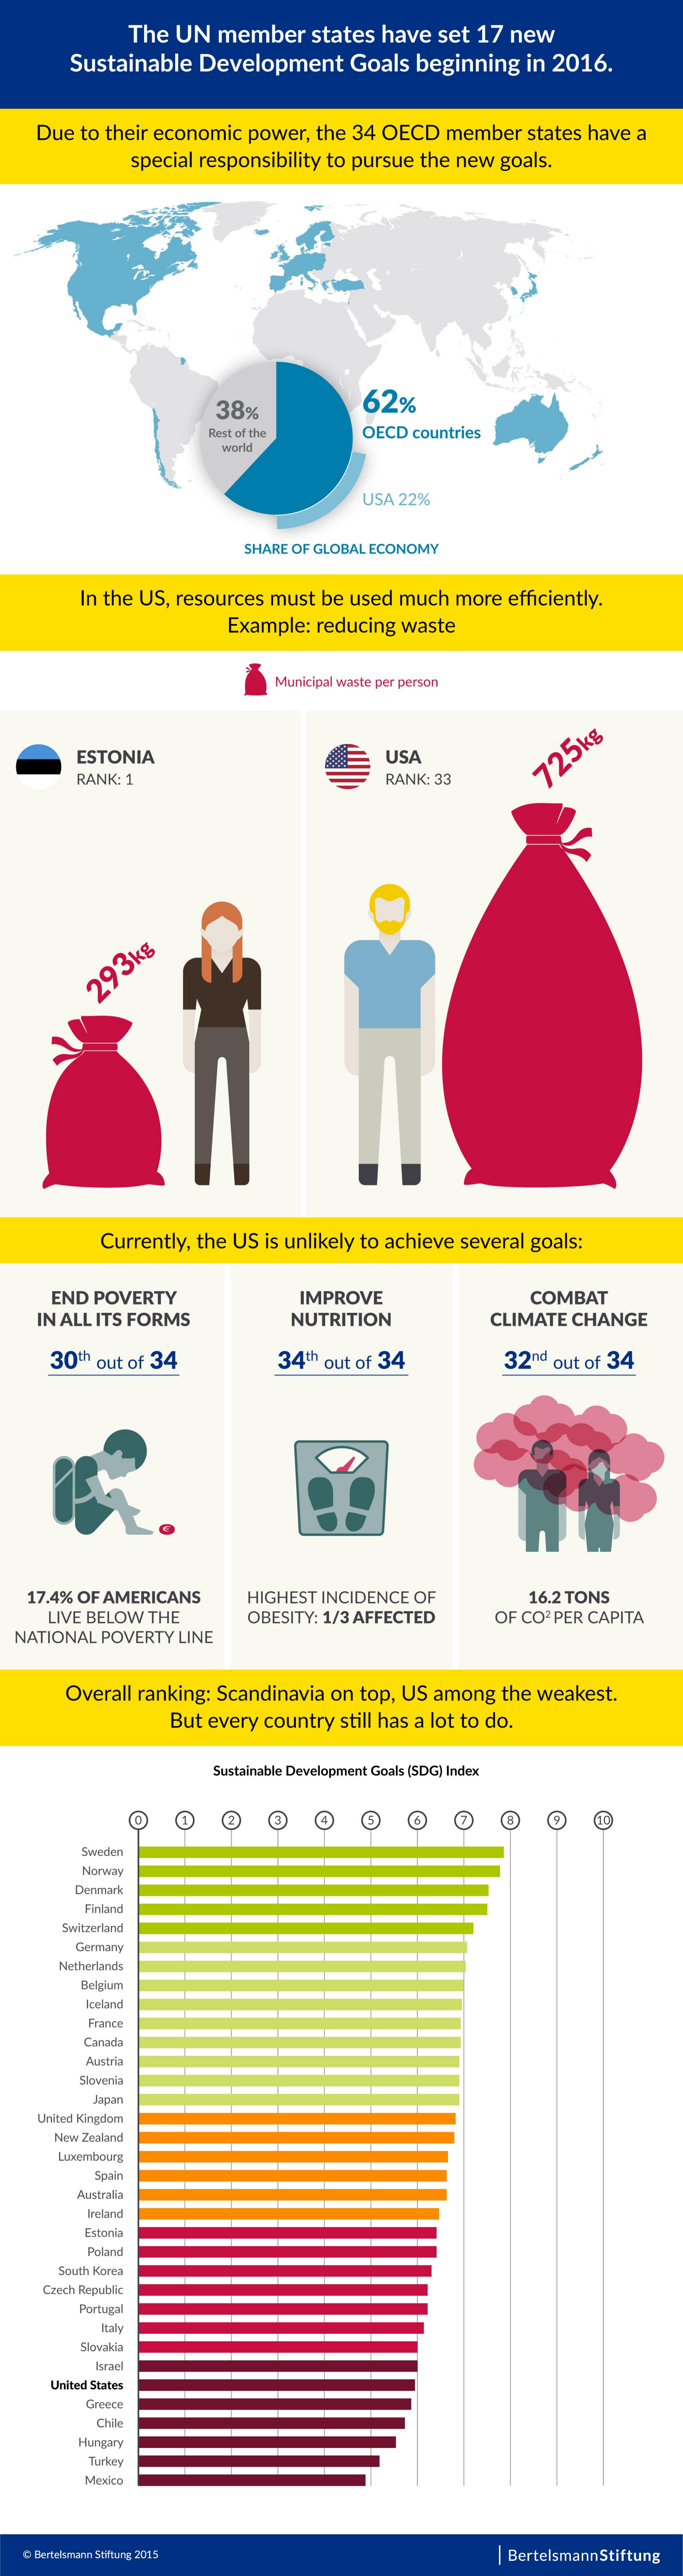
The UN  member  states have set 17 new
     Sustainable Development  Goals beginning in 2016.
    Due to their economic power, the 34 OECD member states have a
     special responsibility to pursue the new goals.
     38%    62%
     Rest of the   OECD countries
     world
     USA 22%
     SHARE OF GLOBAL ECONOMY
     In the US, resources must be used much more efficiently.
     Example: reducing waste
     Municipal waste per person
     ESTONIA    USA
     RANK: 1    RANK: 33
     725kg
     293kg
     Currently, the US is unlikely to achieve several goals:
     END POVERTY    IMPROVE    COMBAT
    IN ALL ITS FORMS    NUTRITION    CLIMATE CHANGE
     30th out of 34    34th out of 34    32nd out of 34
   17.4% OF AMERICANS  HIGHEST INCIDENCE OF    16.2 TONS
     LIVE BELOW THE
  NATIONAL POVERTY LINE
     OBESITY: 1/3 AFFECTED OF CO2 PER CAPITA
     Overall ranking: Scandinavia on top, US among the weakest.
     But every country still has a lot to do.
     Sustainable Development Goals (SDG) Index
     4
     Sweden
     Norway
     Denmark
     Finland
     Switzerland
     Germany
     Netherlands
     Belgium
     keland
     France
     Canada
     Austria
     Slovenia
     Japan
    United Kingdom
     New Zealand
     Luxembourg
     Spain
     Australia
     Ireland
     Estonia
     Poland
     South Korea
    Czech Republic
     Portugal
     Slovakia
     Israel
     United States
     Greece
     Chil
     Hungary
     Turkey
     Mexico
  C Bertelsmann Stiftung 2015    Bertelsmann Stiftung